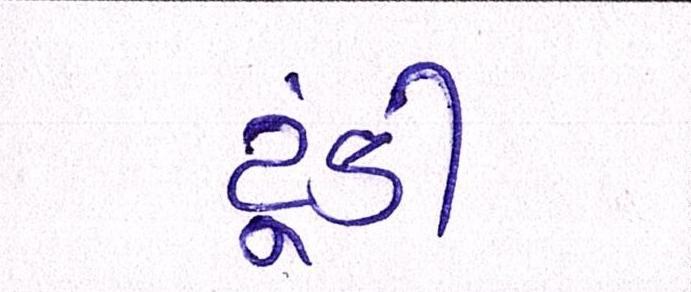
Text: ટૂંકી